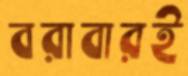
বরাবারই